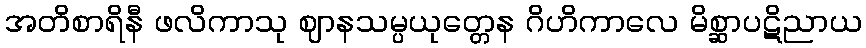
အတိစာရိနီ ဖလိကာသု ဈာနသမ္ပယုတ္တေန ဂိဟိကာလေ မိစ္ဆာပဋိညာယ